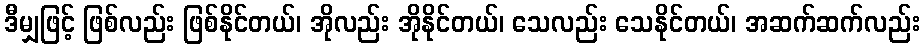
ဒီမျှဖြင့် ဖြစ်လည်း ဖြစ်နိုင်တယ်၊ အိုလည်း အိုနိုင်တယ်၊ သေလည်း သေနိုင်တယ်၊ အဆက်ဆက်လည်း